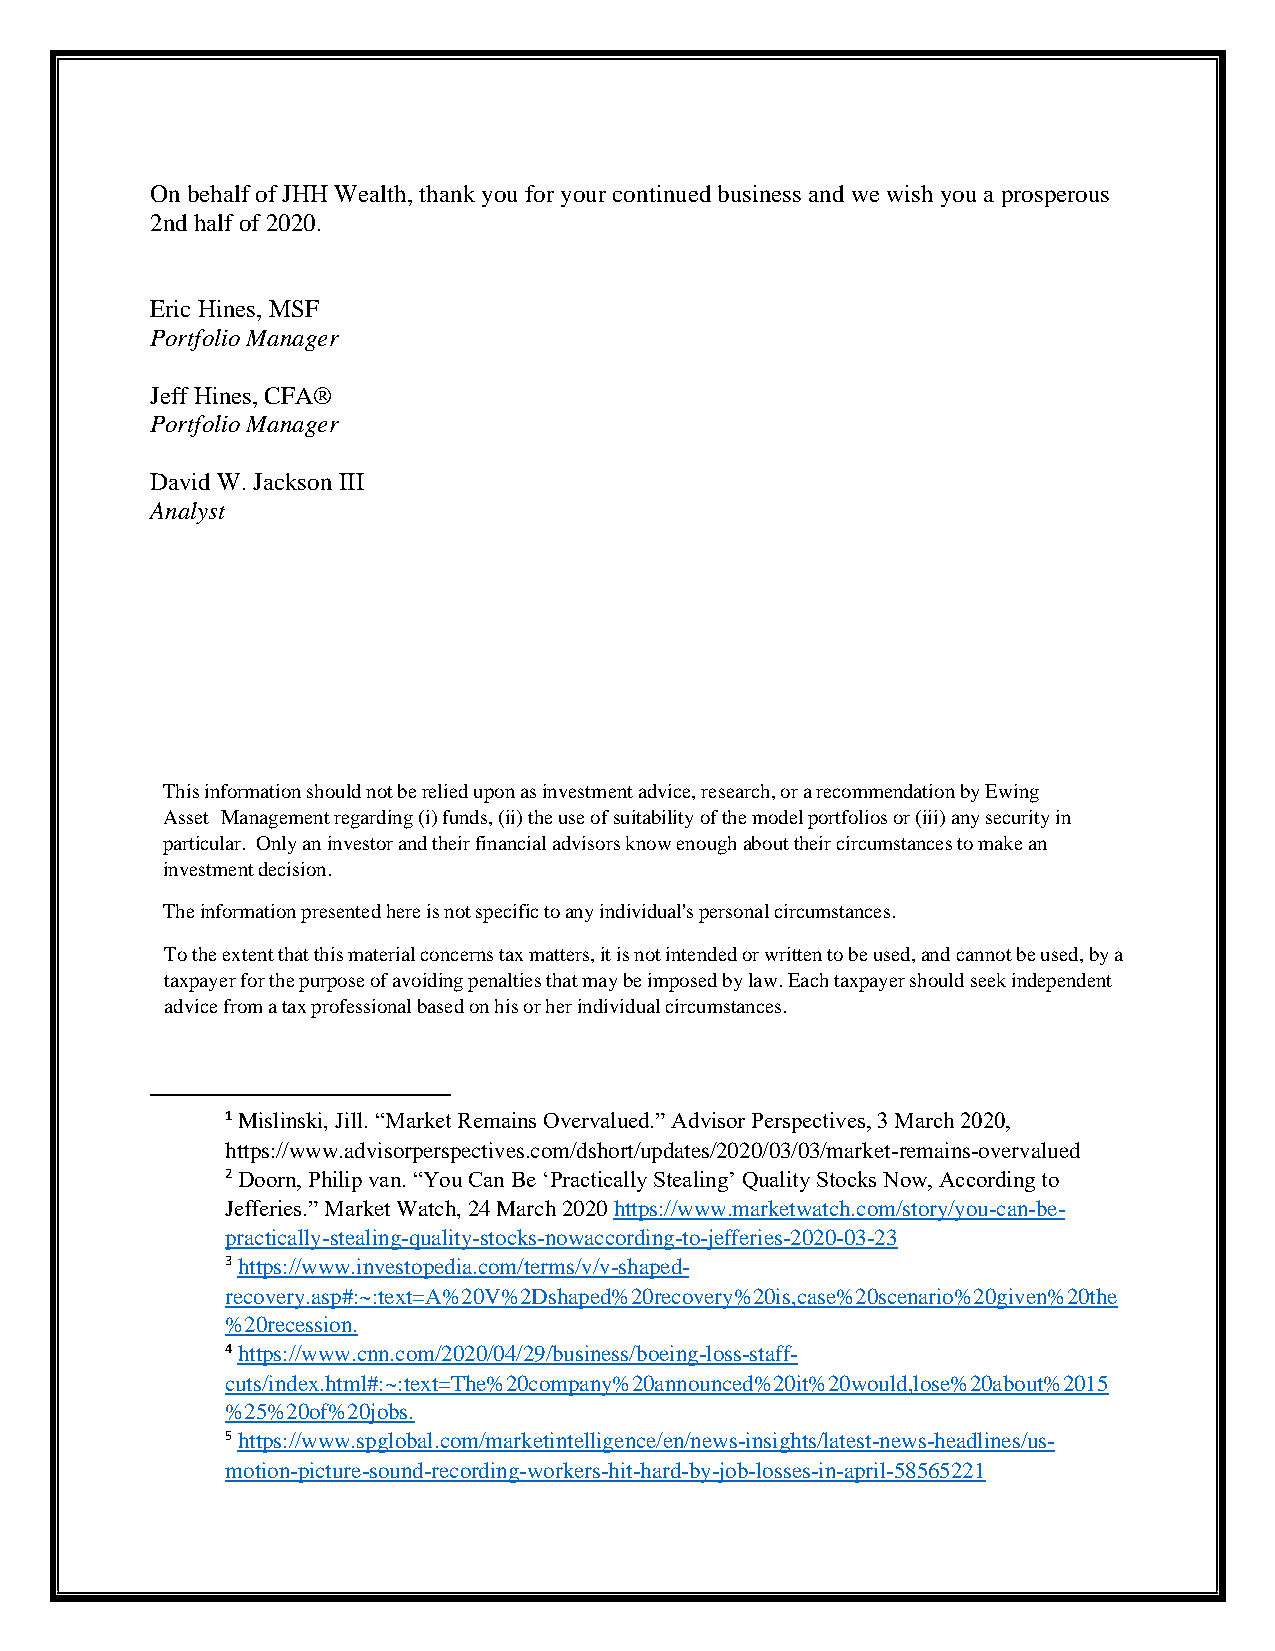
On behalf of JHH Wealth, thank you for your continued business and we wish you a prosperous
 2nd half of 2020.
 Eric Hines, MSF
 Portfolio Manager
 Jeff Hines, CFA®
 Portfolio Manager
 David W. Jackson III
 Analyst
 This information should not be relied upon as investment advice, research, or a recommendation by Ewing
 Asset Management regarding (i) funds, (ii) the use of suitability of the model portfolios or (iii) any security in
 particular. Only an investor and their financial advisors know enough about their circumstances to make an
 investment decision.
 The information presented here is not specific to any individual's personal circumstances.
 To the extent that this material concerns tax matters, it is not intended or written to be used, and cannot be used, by a
 taxpayer for the purpose of avoiding penalties that may be imposed by law. Each taxpayer should seek independent
 advice from a tax professional based on his or her individual circumstances.
 1 Mislinski, Jill. “Market Remains Overvalued.” Advisor Perspectives, 3 March 2020,
 https://www.advisorperspectives.com/dshort/updates/2020/03/03/market-remains-overvalued
 2 Doorn, Philip van. “You Can Be ‘Practically Stealing’ Quality Stocks Now, According to
 Jefferies.” Market Watch, 24 March 2020 https://www.marketwatch.com/story/you-can-be-
 practically-stealing-quality-stocks-nowaccording-to-jefferies-2020-03-23
 3 https://www.investopedia.com/terms/v/v-shaped-
 recovery.asp#:~:text=A%20V%2Dshaped%20recovery%20is,case%20scenario%20given%20the
 %20recession.
 4 https://www.cnn.com/2020/04/29/business/boeing-loss-staff-
 cuts/index.html#:~:text=The%20company%20announced%20it%20would,lose%20about%2015
 %25%20of%20jobs.
 5 https://www.spglobal.com/marketintelligence/en/news-insights/latest-news-headlines/us-
 motion-picture-sound-recording-workers-hit-hard-by-job-losses-in-april-58565221